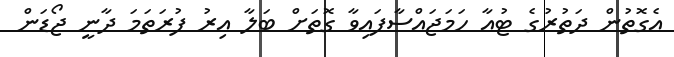
އެގޮތުން ދަތުރުގެ ޓުއާ ހަމަޖައްސާފައިވާ ގޮތަށް ބަލާ އިރު ފުރަތަމަ ދާނީ ޖޯޑަން